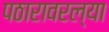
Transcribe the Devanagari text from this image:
पठारावरल्या